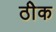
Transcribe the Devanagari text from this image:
ठीेक